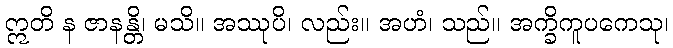
ဣတိ န ဇာနန္တိ၊ မသိ။ အဿုပိ၊ လည်း။ အဟံ၊ သည်။ အက္ခိကူပကေသု၊